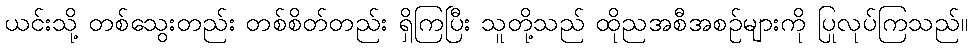
ယင်းသို့ တစ်သွေးတည်း တစ်စိတ်တည်း ရှိကြပြီး သူတို့သည် ထိုညအစီအစဉ်များကို ပြုလုပ်ကြသည်။